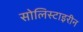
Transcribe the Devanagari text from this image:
सोलिस्टाइरीन